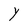
Character: Y